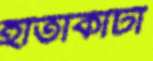
হাতাকাটা